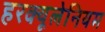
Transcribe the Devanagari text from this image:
हरक्यूलेनियम